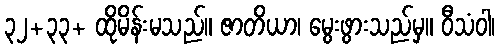
၃၂+၃၃+ ထိုမိန်းမသည်။ ဇာတိယာ၊ မွေးဖွားသည်မှ။ ဝီသံဝါ၊